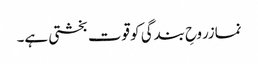
نمازروحِ بندگی کو قوت بخشتی ہے۔